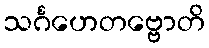
သင်္ဂဟေတဗ္ဗောတိ